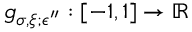
g _ { \sigma , \xi ; \epsilon ^ { \prime \prime } } : [ - 1 , 1 ] \to \mathbb { R }